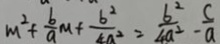
m ^ { 2 } + \frac { b } { a } m + \frac { b ^ { 2 } } { 4 a ^ { 2 } } = \frac { b ^ { 2 } } { 4 a ^ { 2 } } - \frac { c } { a }